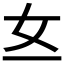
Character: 𱙁